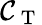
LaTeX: \mathcal{C}_{\mathrm{~T~}}